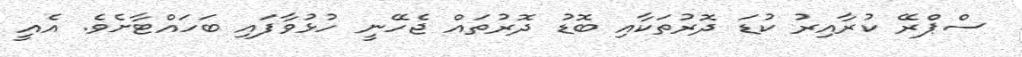
ސްޕްރޭ ކުރާއިރު ކުޑަ ދޮރުތަކާއި ބޮޑު ދޮރުތައް ޖެހޭނީ ހުޅުވާފައި ބަހައްޓާށެވެ. އެއީ